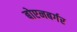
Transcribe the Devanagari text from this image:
बोएनबर्गर